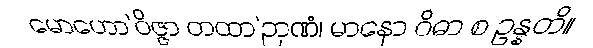
မောဟော’ဝိဇ္ဇာ တထာ’ဉာဏံ၊ မာနော ဝိဓာ စ ဥန္နတိ။